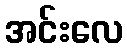
အင်းလေ